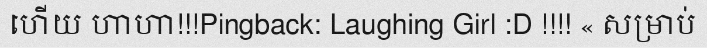
ហើយ ហាហា!!!Pingback: Laughing Girl :D !!!! « សម្រាប់